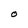
Character: O